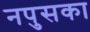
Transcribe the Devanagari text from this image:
नपुसका